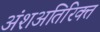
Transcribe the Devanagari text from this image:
अंशअतिरिक्त